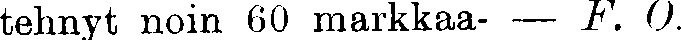
tehnyt noin 60 markkaa- — F. 0.